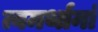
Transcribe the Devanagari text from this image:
त्वमर्थानां